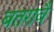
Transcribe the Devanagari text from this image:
बतरावै